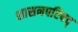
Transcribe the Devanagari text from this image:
शासनपरिषद्